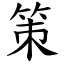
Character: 策